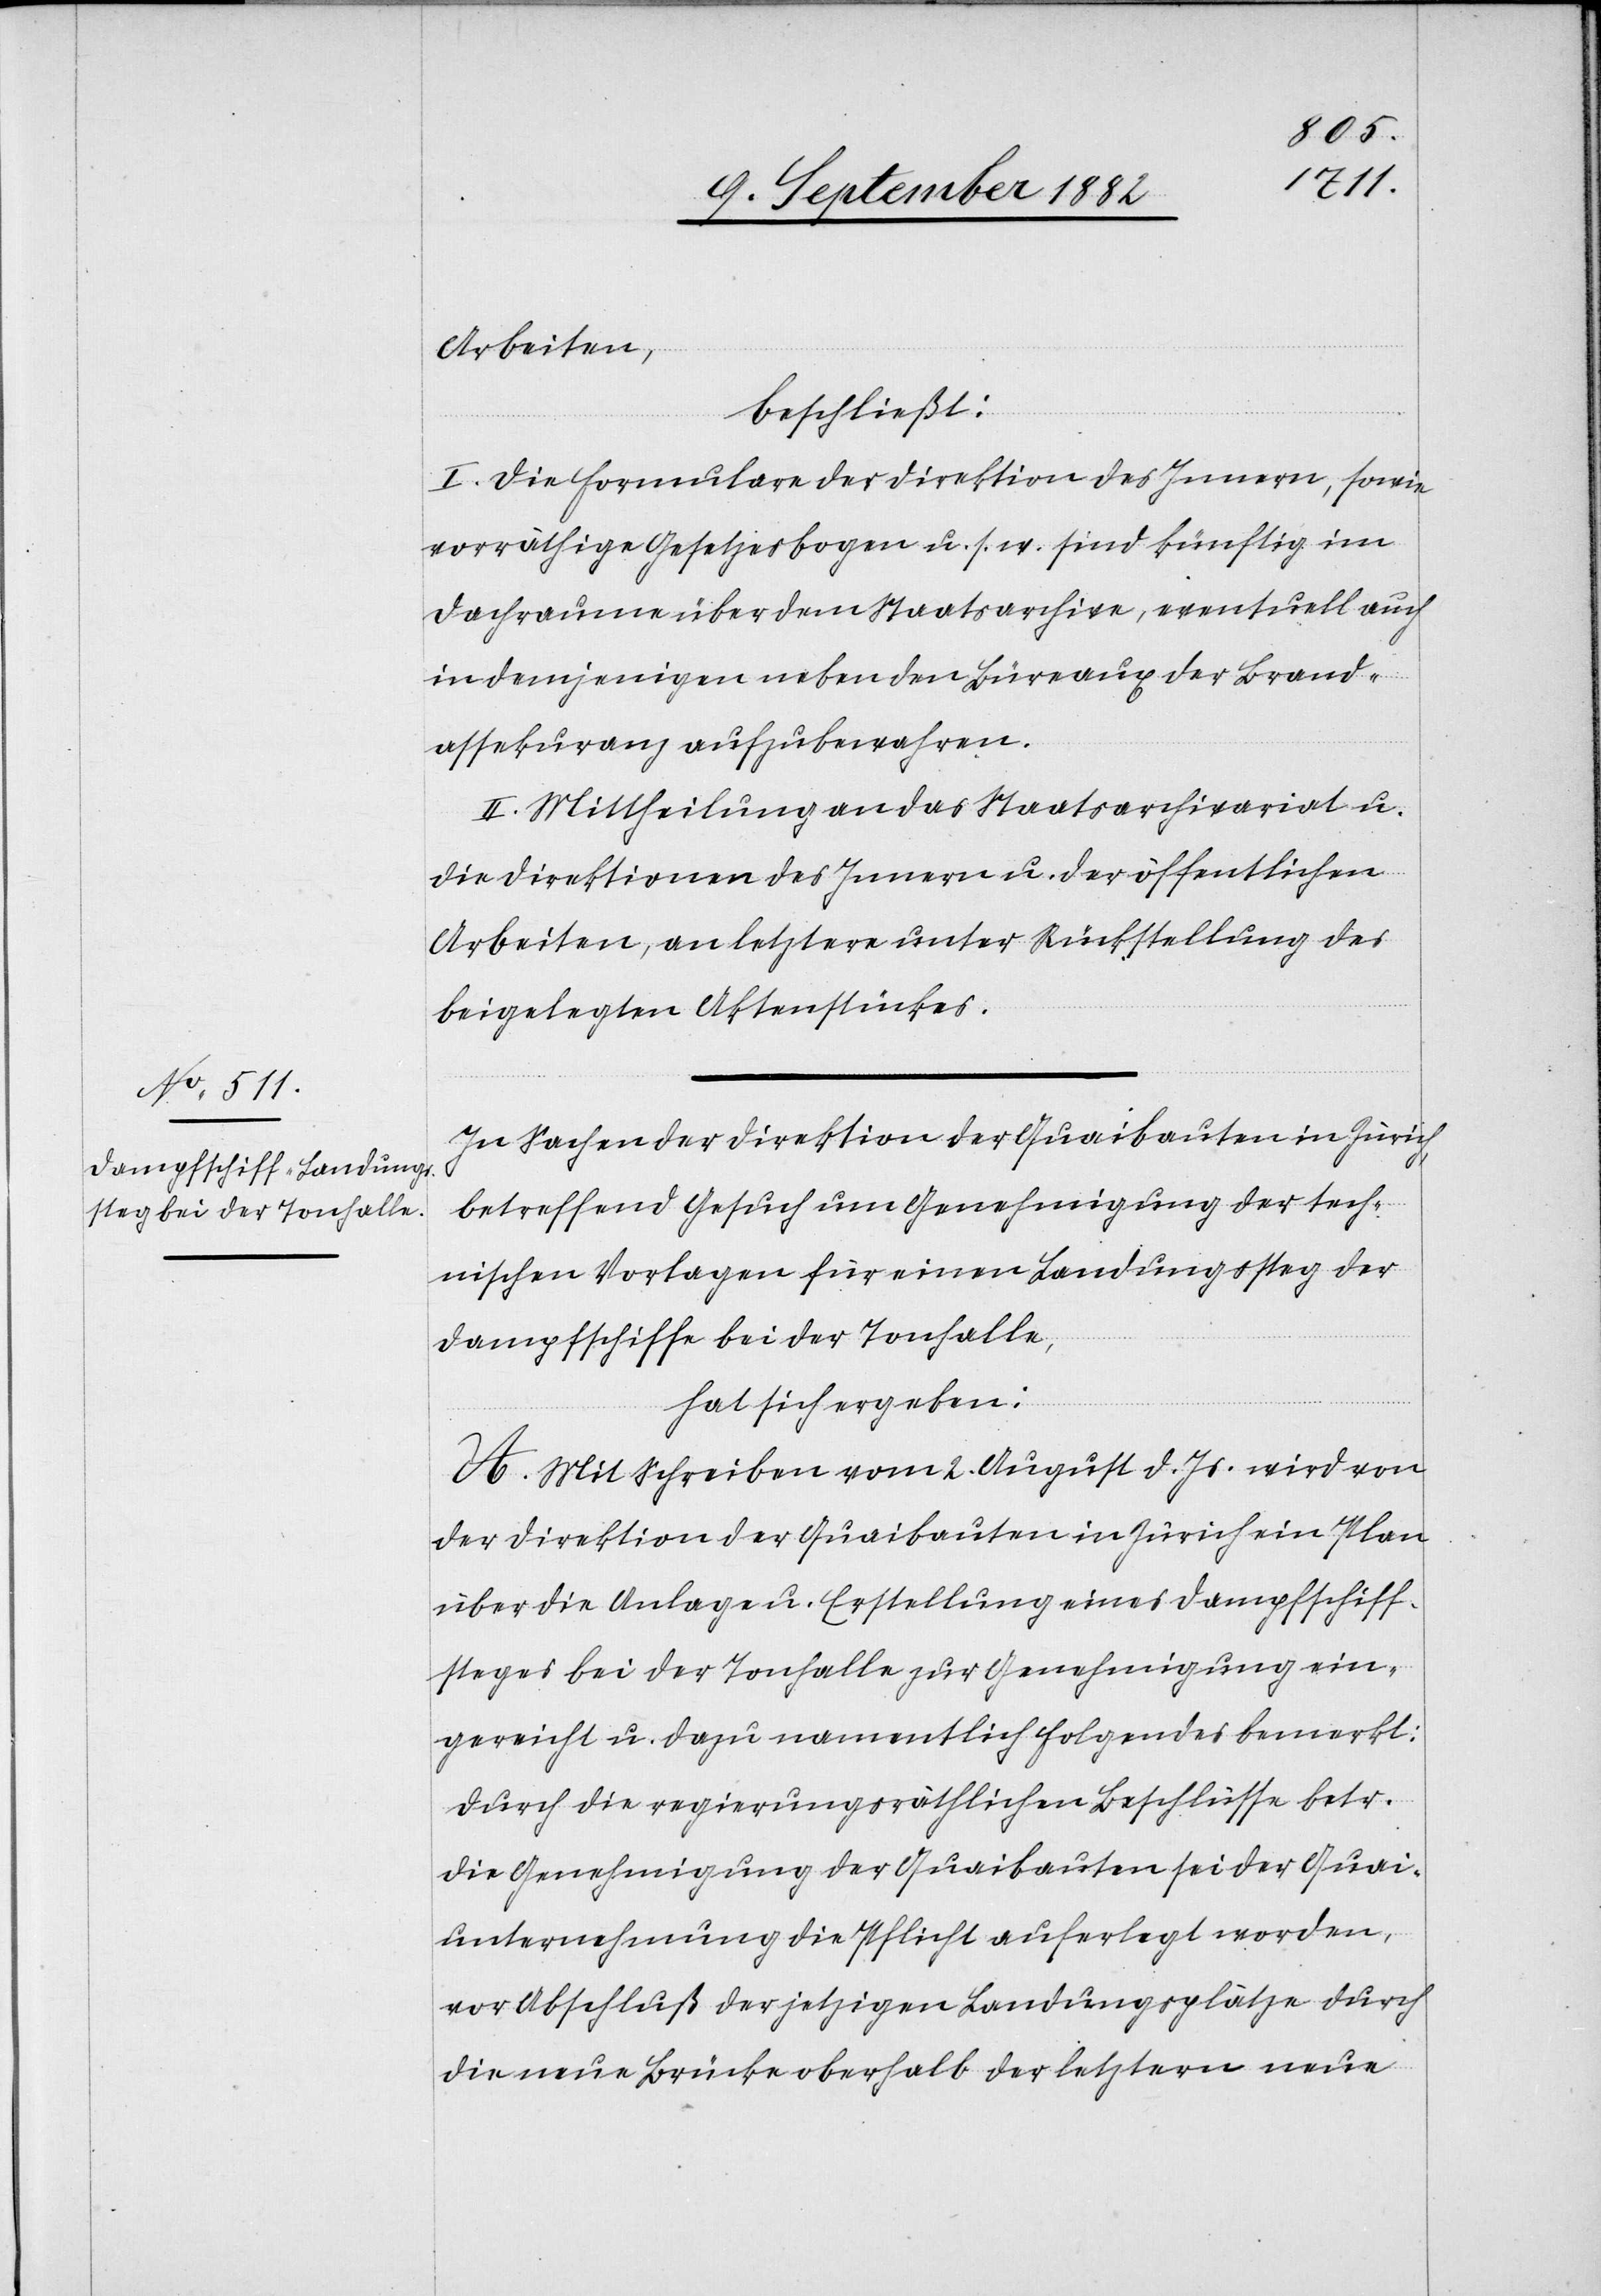
Arbeiten,
beschließt:
I. Die Formulare der Direktion des Innern, sowie
vorräthige Gesetzesbogen u. s. w. sind künftig im
Dachraum über den Staatsarchive, eventuell auch
in demjenigen neben den Büreaux der Brand¬
assekuranz aufzubewahren.
II. Mittheilung an das Staatsarchivariat u.
die Direktionen des Innern u. der öffentlichen
Arbeiten, an letztere unter Rückstellung des
beigelegten Aktenstückes.
In Sachen der Direktion der Quaibauten in Zürich
betreffend Gesuch um Genehmigung der tech¬
nischen Vorlagen für einen Landungssteg der
Dampfschiffe bei der Tonhalle,
hat sich ergeben:
A. Mit Schreiben vom 2. August d. Js. wird von
der Direktion der Quaibauten in Zürich ein Plan
über die Anlage u. Erstellung eines Dampfschiff¬
steges bei der Tonhalle zur Genehmigung ein¬
gereicht u. dazu namentlich folgendes bemerkt:
Durch die regierungsräthlichen Beschlüsse betr.
die Genehmigung der Quaibauten sei der Quai¬
unternehmung die Pflicht auferlegt worden,
vor Abschluß der jetzigen Landungsplätze durch
die neue Brücke oberhalb der letztern neue